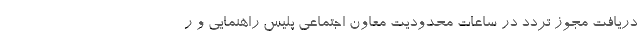
دریافت مجوز تردد در ساعات محدودیت معاون اجتماعی پلیس راهنمایی و ر